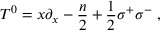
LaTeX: T ^ { 0 } = x \partial _ { x } - { \frac { n } { 2 } } + { \frac { 1 } { 2 } } \sigma ^ { + } \sigma ^ { - } \ ,